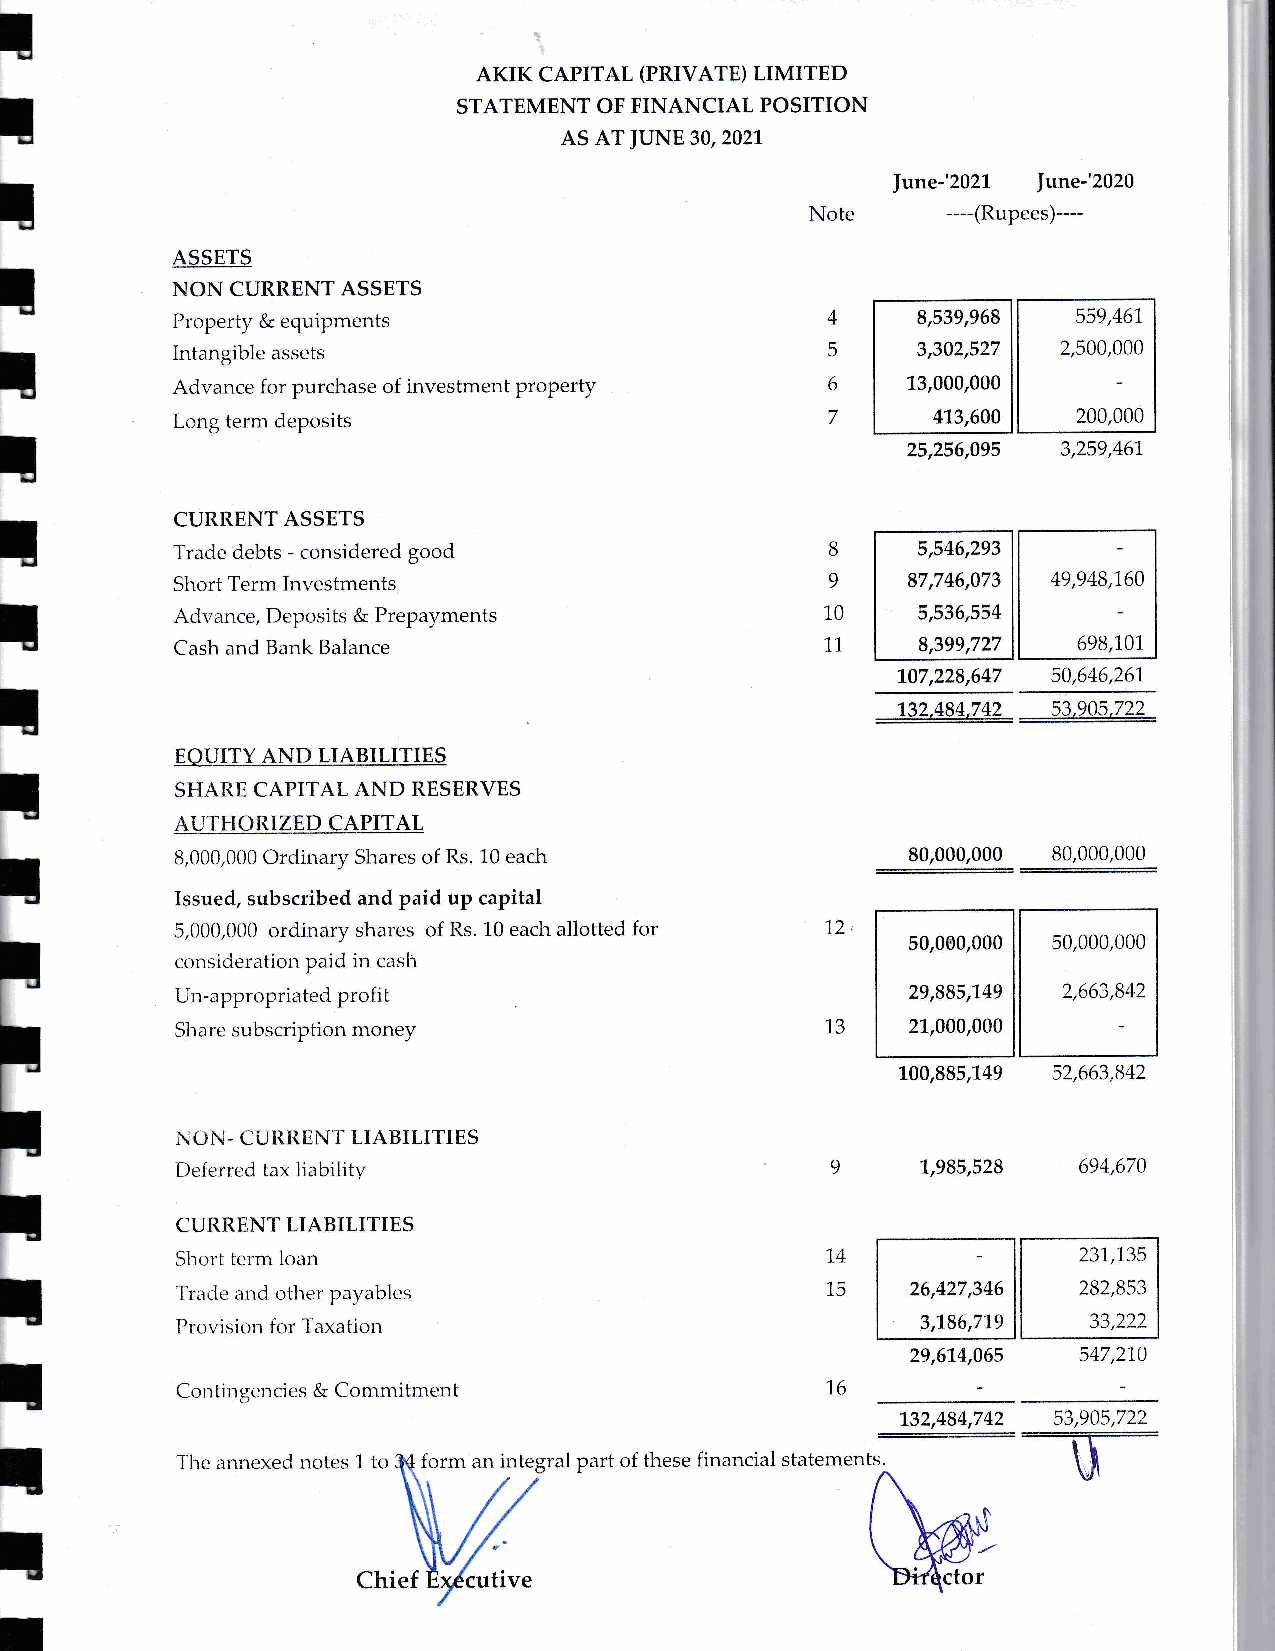
T
 AKIK CAPITAL (PRIVATE) LIMITED
 T                             STATEMENT OF FINANCIAL POSITION
 AS AT JUNE 30,2021.
 I
 |une-'2021
 June-'2020
 Note     ----(Rupees)---
 ASSETS
 T
 NON CURRENT ASSETS
 Property & equipments                       4     9,539,968 559,467
 Intangible assets                           5     3,302,527 2,500,000
 T
 Advance for purcl-rase of investment property 6  13,000,000
 Long term deposits                          7      4'1.3,600 200,000
 T                                                           25,256,095 3,259,467
 CURRENT ASSETS
 Trade debts - considered good              8     5,546,293
 Short Term Investments                     9    87,746,073 49,948,L60
 Advance, Deposits & Prepayments            10    5,536,554
 Cash and Bank Balance                      71.   8,399,727  699,L01
 L07,228,647 50,646,261
 __132&4JU_  53,90s,722
 EQ_TIULY-ANDIIABILITIE-$
 SHARE CAPITAL AND RESERVES
 AU'THORIZED CAPITAL
 go,ooo,o0o
 8,000,000 Ordinary Shares of Rs. 10 each                  80,000,000
 Issued, subscribed and paid up capital
 5,000,000 ordinary shares of Rs. 10 each allotted for 72
 50,ooo,0oo 50,000,000
 consideration paid in cash
 Un-appropriated prof t                          29,885,'1,49 2,663,842
 i
 Share subscription mol1ey                  13   21,000,000
 L00,885,'149 52,663,842
 1\ I-} N" - C U RR EN'I. LIA BILITIES
 1,985,528
 Deferred tax iiability                     9                694,670
 CUIlITENT LIABILITIES
 Short term loan                            14               237,735
 Trade and other payablsg                   15   26,427,346  282,853
 Prorrisior-r for Taxation                        3,'1,86,719
 29,614,065
 547,270
 Contingencies & Commitment                 1,6
 132,494,742
 53,905,7-22
 u
 J'he anrrexed notes 1 to forrn an integral part of these financial statements.
 Chief